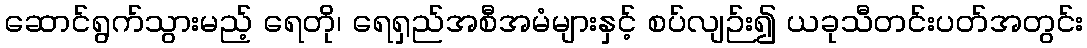
ဆောင်ရွက်သွားမည့် ရေတို၊ ရေရှည်အစီအမံများနှင့် စပ်လျဉ်း၍ ယခုသီတင်းပတ်အတွင်း